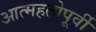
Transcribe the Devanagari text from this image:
आत्महत्येपूर्वी